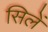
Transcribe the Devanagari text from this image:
सिलें